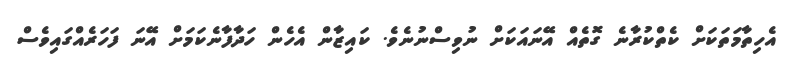
އެހިތާމަތަކަށް ކެތްކުރާނެ ގޮތެއް އޭނައަކަށް ނުވިސްނުނެވެ. ކައިޒާން އެހެން ހަދާފާނެކަމަށް އޭނަ ފަހަރެއްގައިވެސް